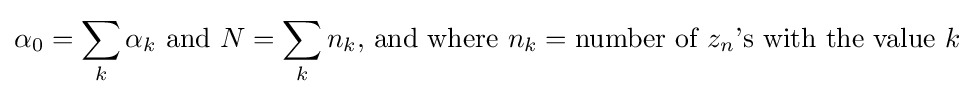
\alpha _{0}=\sum _{k}\alpha _{k}{\text{ and }}N=\sum _{k}n_{k}{\text{, and where }}n_{k}={\text{number of }}z_{n}{\text{'s with the value }}k